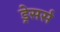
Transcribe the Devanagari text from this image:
ड्रेसर्स